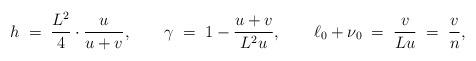
LaTeX: \begin{align*}h \; = \;\frac{L^{2}}{4}\cdot\frac{u}{u+v} ,\qquad\gamma \; = \; 1 - \frac{u+v}{L^{2}u} ,\qquad\ell_{0} +\nu_{0} \; = \;\frac{v}{Lu} \; = \; \frac{v}{n} ,\end{align*}